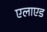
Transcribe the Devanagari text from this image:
एलाएड